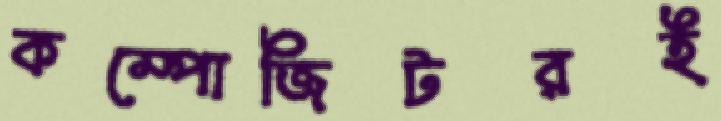
কম্পোজিটরই